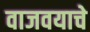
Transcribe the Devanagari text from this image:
वाजवयाचे